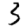
Digit: 3